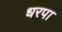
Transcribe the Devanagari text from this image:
धरपा